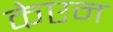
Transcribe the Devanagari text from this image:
केएन